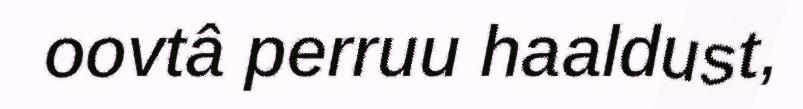
oovtâ perruu haaldust,